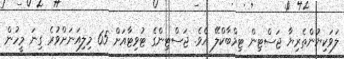
ލަވަކިޔުންތެރިޔާ ޖަސްޓިން ޓިމްބާކްލޭ އެވެ. ޖަސްޓިންގެ ޓުވިޓާއަށް 65 މިލިއަނަށްވުރެ ގިނަ މީހުން